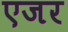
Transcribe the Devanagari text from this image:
एजर